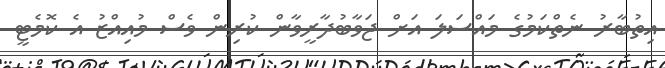
އިތުބާރު ނެތްކަމުގެ މައްސަލަ އަށް ޖަވާބުދާރީވާން ކުރިން ވެސް މުއިއްޒު އެ ކޮމެޓީ